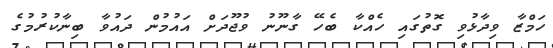
ހަމްޒާ ވިދާޅުވި ގޮތުގައި ހެއްކާ ބެހޭ ގާނޫނު ވުޖޫދަށް އައުމުން ދައުވާ ބިނާކުރުމުގެ